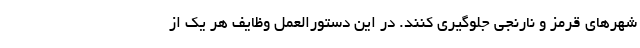
شهرهای قرمز و نارنجی جلوگیری کنند. در این دستورالعمل وظایف هر یک از